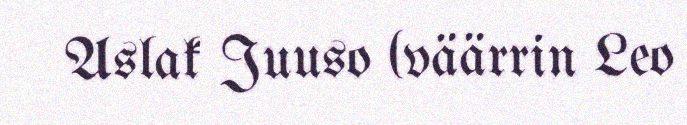
Aslak Juuso (väärrin Leo